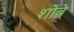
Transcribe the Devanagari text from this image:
शोबे